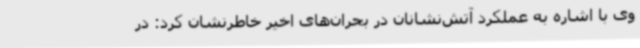
وی با اشاره به عملکرد آتش‌نشانان در بحران‌های اخیر خاطرنشان کرد: در